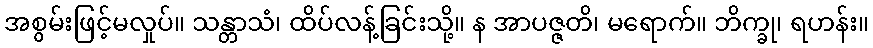
အစွမ်းဖြင့်မလှုပ်။ သန္တာသံ၊ ထိပ်လန့်ခြင်းသို့။ န အာပဇ္ဇတိ၊ မရောက်။ ဘိက္ခု၊ ရဟန်း။